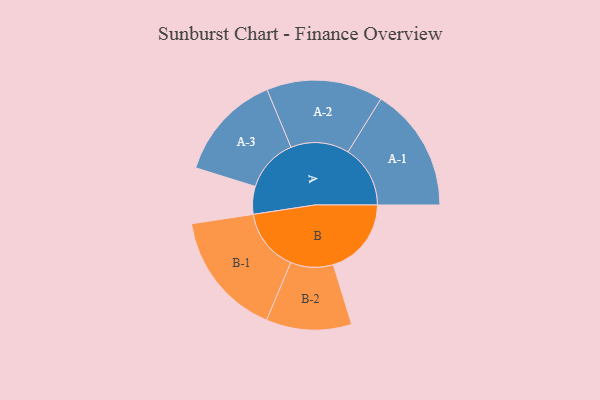
{"axis": {"x": "Segment", "y": "Value"}, "legend": ["", "A", "B"], "data": [{"x": "A", "y": 132, "type": ""}, {"x": "B", "y": 371, "type": ""}, {"x": "A-1", "y": 296, "type": "A"}, {"x": "A-2", "y": 277, "type": "A"}, {"x": "A-3", "y": 255, "type": "A"}, {"x": "B-1", "y": 298, "type": "B"}, {"x": "B-2", "y": 203, "type": "B"}]}